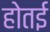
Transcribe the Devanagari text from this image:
होतई